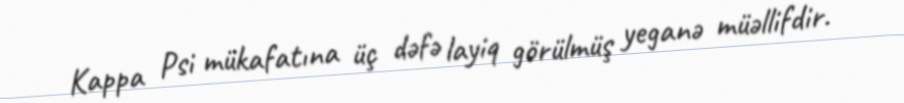
Kappa Psi mükafatına üç dəfə layiq görülmüş yeganə müəllifdir.